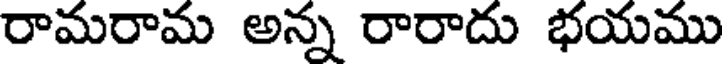
రామరామ అన్న రారాదు భయము